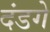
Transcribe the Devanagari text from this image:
दंडगे